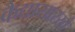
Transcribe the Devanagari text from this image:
कैद्यासारखे